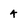
Character: 4